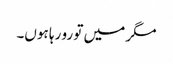
مگر میں تو رو رہا ہوں۔